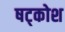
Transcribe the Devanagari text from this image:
षट्कोश